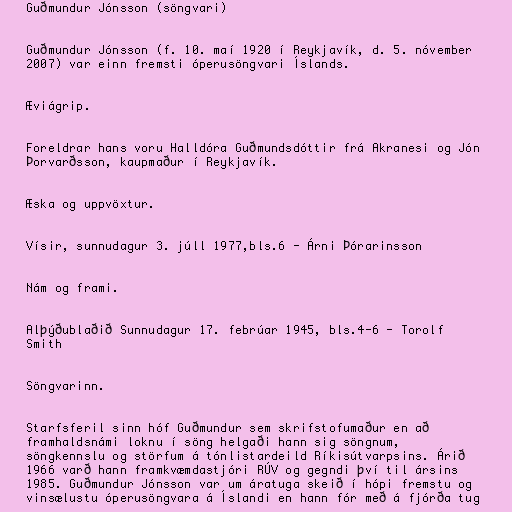
Guðmundur Jónsson (söngvari)

Guðmundur Jónsson (f. 10. maí 1920 í Reykjavík, d. 5. nóvember
2007) var einn fremsti óperusöngvari Íslands.

Æviágrip.

Foreldrar hans voru Halldóra Guðmundsdóttir frá Akranesi og Jón
Þorvarðsson, kaupmaður í Reykjavík.

Æska og uppvöxtur.

Vísir, sunnudagur 3. júll 1977,bls.6 - Árni Þórarinsson

Nám og frami.

Alþýðublaðið Sunnudagur 17. febrúar 1945, bls.4-6 - Torolf
Smith

Söngvarinn.

Starfsferil sinn hóf Guðmundur sem skrifstofumaður en að
framhaldsnámi loknu í söng helgaði hann sig söngnum,
söngkennslu og störfum á tónlistardeild Ríkisútvarpsins. Árið
1966 varð hann framkvæmdastjóri RÚV og gegndi því til ársins
1985. Guðmundur Jónsson var um áratuga skeið í hópi fremstu og
vinsælustu óperusöngvara á Íslandi en hann fór með á fjórða tug